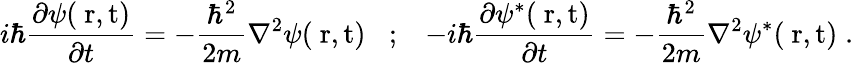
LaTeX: i\hbar\frac{\partial\psi(\mathrm{{\mathbf~r},t})}{\partial t}=-\frac{\hbar^{2}}{2m}\nabla^{2}\psi(\mathrm{{\mathbf~r},t})\; \; \; ;\; \; \; -i\hbar\frac{\partial\psi^{*}(\mathrm{{\mathbf~r},t})}{\partial t}=-\frac{\hbar^{2}}{2m}\nabla^{2}\psi^{*}(\mathrm{{\mathbf~r},t})\; .